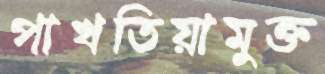
পাখতিয়ামুক্ত